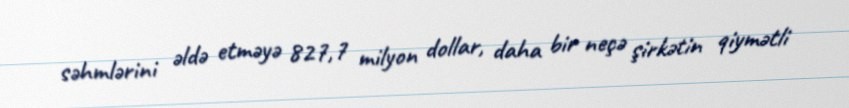
səhmlərini əldə etməyə 827,7 milyon dollar, daha bir neçə şirkətin qiymətli